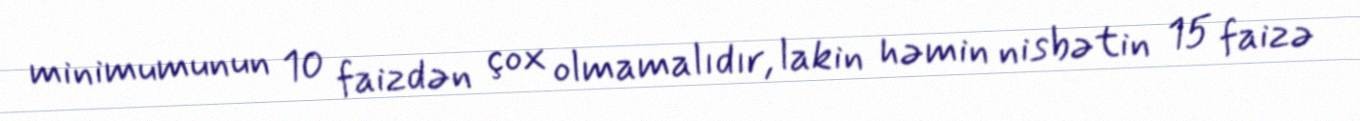
minimumunun 10 faizdən çox olmamalıdır, lakin həmin nisbətin 15 faizə